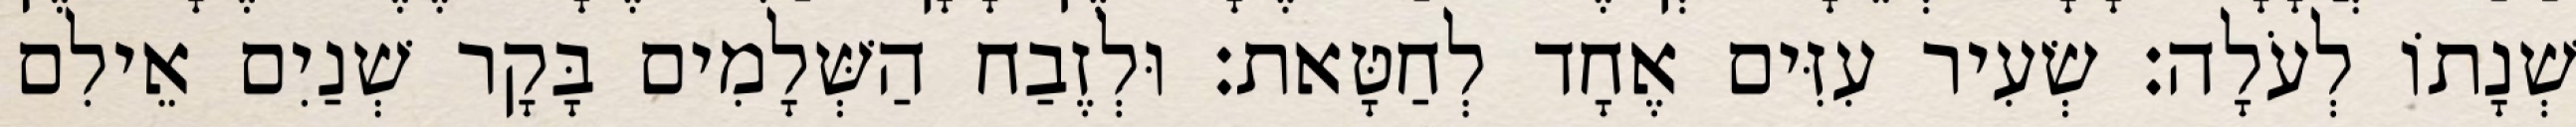
שְׁנָתוֹ לְעֹלָה׃ שְׂעִיר עִזִּים אֶחָד לְחַטָּאת׃ וּלְזֶבַח הַשְּׁלָמִים בָּקָר שְׁנַיִם אֵילִם